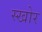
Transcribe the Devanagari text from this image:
स्खोर